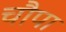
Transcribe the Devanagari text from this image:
चौपा